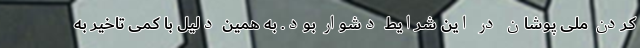
کردن ملی پوشان در این شرایط دشوار بود. به همین دلیل با کمی تاخیر به